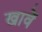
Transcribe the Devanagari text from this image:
खावें